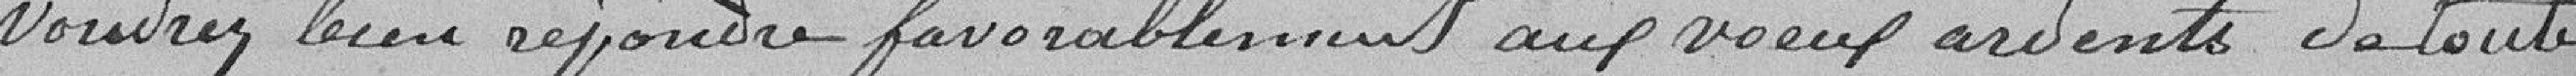
voudrez bien rejoindre favorablement aux voeux ardents de toute